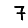
Digit: 7